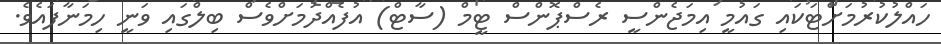
ހައްލުކުރުމަށްޓަކައި ގައުމީ އިމަޖެންސީ ރެސްޕޮންސް ޓީމް (ސާޓް) އުފެއްދުމަށްވެސް ބިލްގައި ވަނީ ހިމަނާފައެވެ.